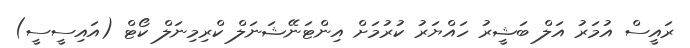
ރައީސް އުމަރު އަލް ބަޝީރު ހައްޔަރު ކުރުމަށް އިންޓަނޭޝަނަލް ކްރިމިނަލް ކޯޓް (އައިސީސީ)